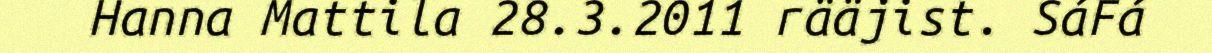
Hanna Mattila 28.3.2011 rääjist. SáFá